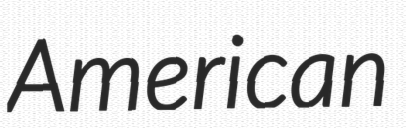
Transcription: American